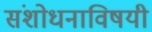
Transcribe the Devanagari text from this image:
संशोधनाविषयी